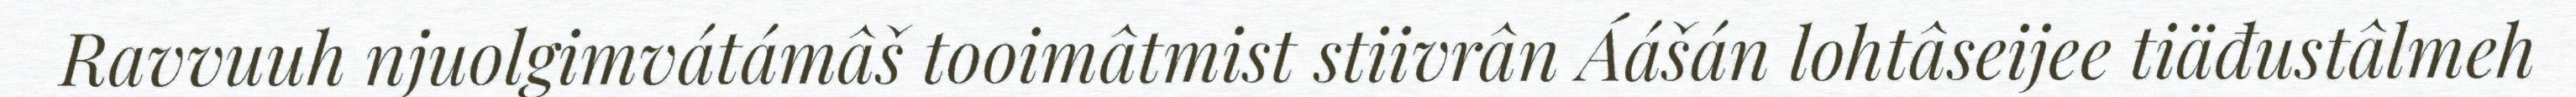
Ravvuuh njuolgimvátámâš tooimâtmist stiivrân Áášán lohtâseijee tiäđustâlmeh